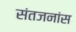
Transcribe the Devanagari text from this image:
संतजनांस